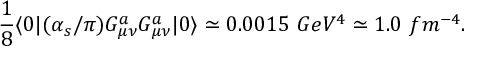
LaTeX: { \frac { 1 } { 8 } } \langle { 0 } | ( \alpha _ { s } / \pi ) G _ { \mu \nu } ^ { a } G _ { \mu \nu } ^ { a } | { 0 } \rangle \simeq 0 . 0 0 1 5 \ G e V ^ { 4 } \simeq 1 . 0 \ f m ^ { - 4 } .